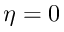
\eta = 0